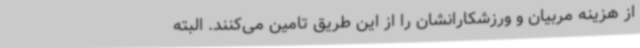
از هزینه مربیان و ورزشکارانشان را از این طریق تامین می‌کنند. البته